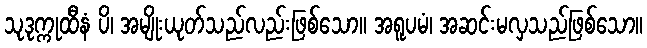
သုဒုက္ကုထီနံ ပိ၊ အမျိုးယုတ်သည်လည်းဖြစ်သော။ အရူပမံ၊ အဆင်းမလှသည်ဖြစ်သော။